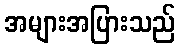
အများအပြားသည်